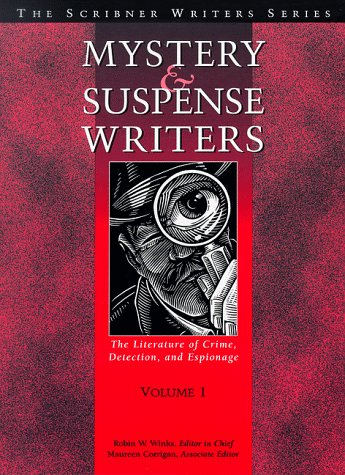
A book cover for Mystery and Suspense Writers: The Literature of Crime, Detection, and Espionage (The Scribner Writers Series); Mystery, Thriller & Suspense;